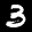
Label: 3